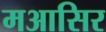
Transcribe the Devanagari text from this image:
मआसिर